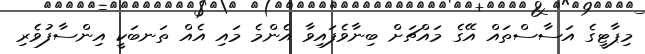
މިޕާޓީގެ އަސާސްތައް އޭގެ މައްޗަށް ބިނާވެފައިވާ އެންމެ މައި އެއް ތަނބަކީ އިންސާފުވެރި